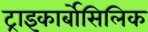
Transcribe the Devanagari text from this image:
ट्राइकार्बोसिलिक